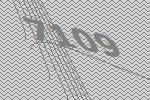
7109